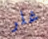
غلر